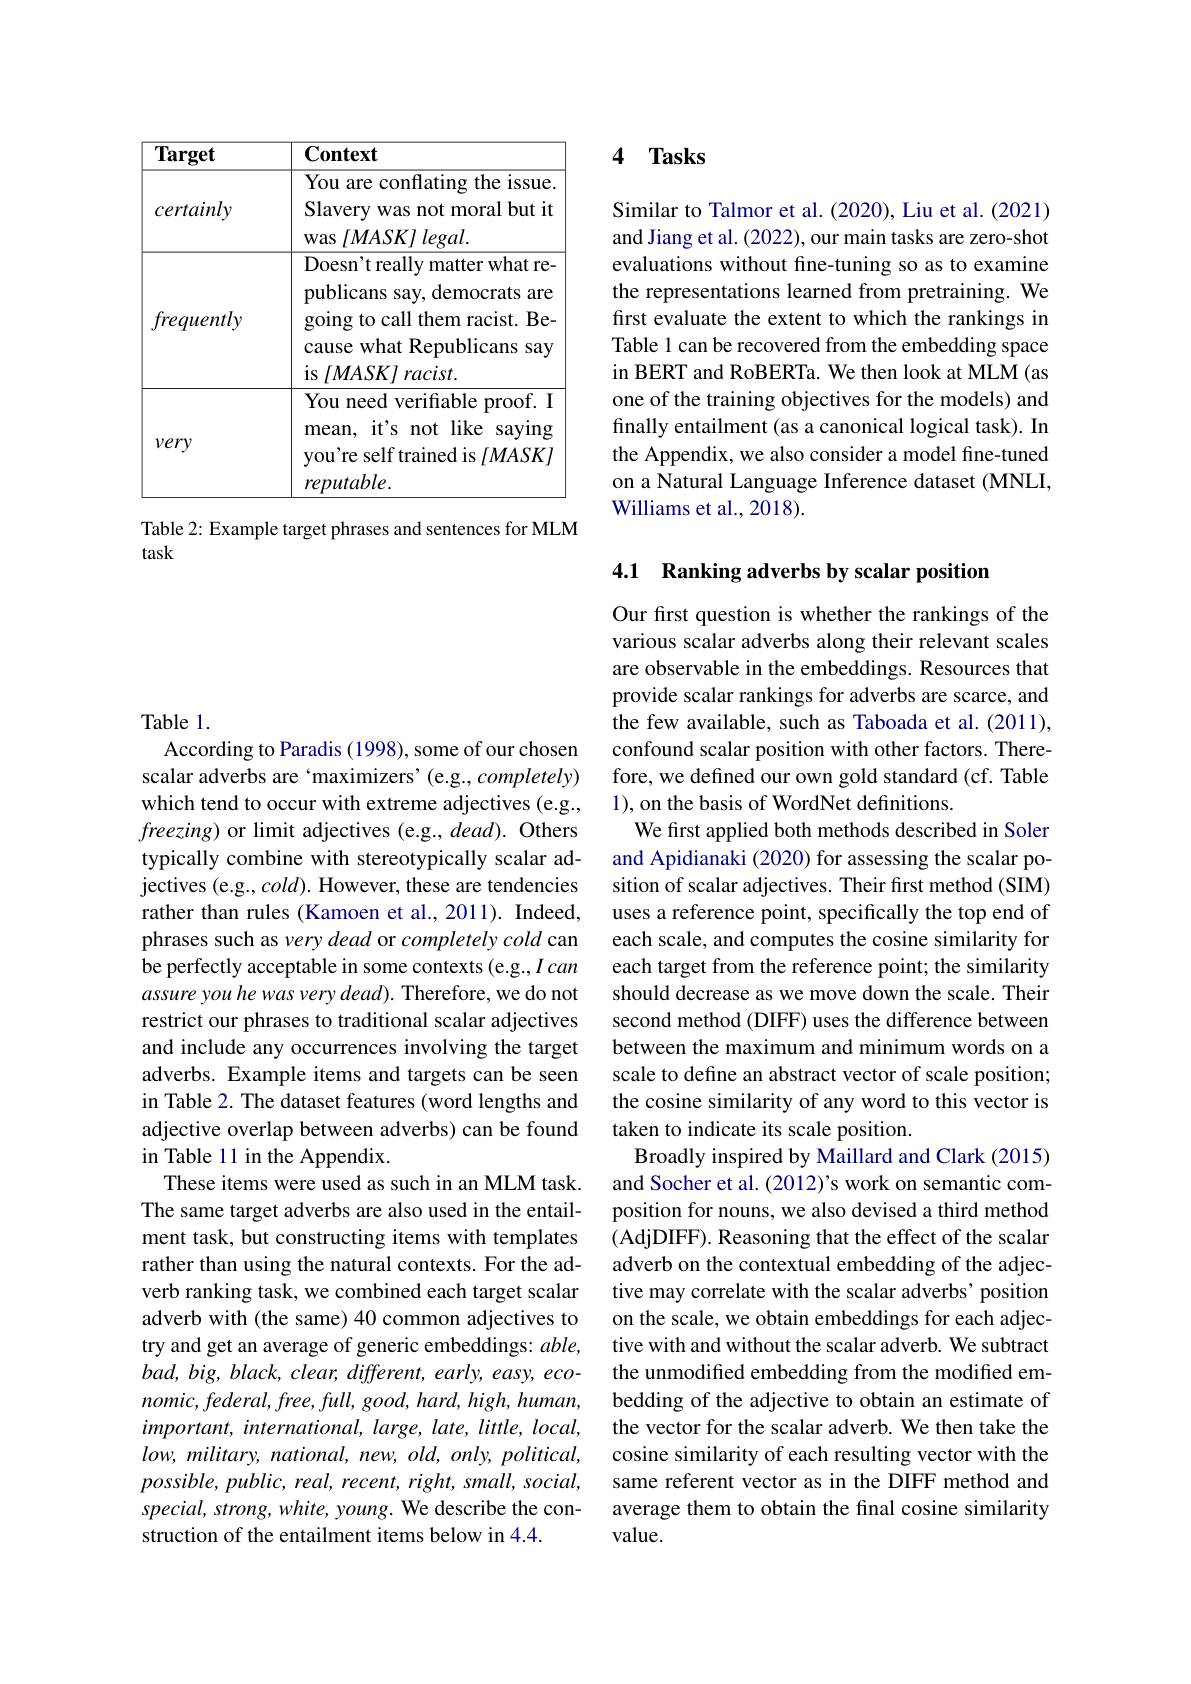
<table>
	<tbody>
		<tr>
			<th>$\textbf{Target}$</th>
			<th>$\mathbf{Context}$</th>
		</tr>
		<tr>
			<td>certainly</td>
			<td>You are conflating the issue Slavery was not moral but it was $lMASKJlegal.$</td>
		</tr>
		<tr>
			<td>frequently</td>
			<td>Doesn't really matter what re- publicans say, democrats are going to call them racist. Be- cause what Republicans say is$/ MASK/$ $lracist.$</td>
		</tr>
		<tr>
			<td>$\nu ery$</td>
			<td>You need verifiable proof. I mean, it's not like s saying you're self trained is $[MASK]$ $reputable.$</td>
		</tr>
	</tbody>
</table>

Table 2: Example target phrases and sentences for MLM
task

Table 1.
According to Paradis (1998), some of our chosen scalar adverbs are‘maximizers’(e.g., completely) which tend to occur with extreme adjectives (e.g., $freezing)$ or limit adjectives (e.g., dead). Others typically combine with stereotypically scalar adjectives (e.g., $cold).$ However, these are tendencies rather than rules (Kamoen et al., 2011). Indeed, phrases such as very dead or completely cold can be perfectly acceptable in some contexts (e.g., I can assure you he was very dead). Therefore, we do not restrict our phrases to traditional scalar adjectives and include any occurrences involving the target adverbs. Example items and targets can be seen in Table 2. The dataset features (word lengths and adjective overlap between adverbs) can be found in Table 11 in the Appendix.
These items were used as such in an MLM task. The same target adverbs are also used in the entailment task, but constructing items with templates rather than using the natural contexts. For the adverb ranking task, we combined each target scalar adverb with (the same) 40 common adjectives to try and get an average of generic embeddings: able, $bad,big,black,clear,different,early,easy,eco-$ $nomic,federal,free,full,good,hard,high,human$, $important,international,large,late,little,local$, $low,military,national,new,old,only,political$, $possible,public,real,recent,right,small,social$, special, strong, white, young. We describe the construction of the entailment items below in 4.4.

## 4 $\mathbf{Tasks}$

Similar to Talmor et al. (2020), Liu et al. (2021) and Jiang et al. (2022), our main tasks are zero-shot evaluations without fine-tuning so as to examine the representations learned from pretraining. We first evaluate the extent to which the rankings in Table 1 can be recovered from the embedding space in BERT and RoBERTa. We then look at MLM (as one of the training objectives for the models) and finally entailment (as a canonical logical task). In the Appendix, we also consider a model fine-tuned on a Natural Language Inference dataset (MNLI, Williams et al., 2018).

### 4.1 Ranking adverbs by scalar position

Our first question is whether the rankings of the various scalar adverbs along their relevant scales are observable in the embeddings. Resources that provide scalar rankings for adverbs are scarce, and the few available, such as Taboada et al. (2011), confound scalar position with other factors. Therefore, we defined our own gold standard (cf. Table 1), on the basis of WordNet definitions.
We first applied both methods described in Soler and Apidianaki (2020) for assessing the scalar position of scalar adjectives. Their first method (SIM) uses a reference point, specifically the top end of each scale, and computes the cosine similarity for each target from the reference point; the similarity should decrease as we move down the scale. Their second method (DIFF) uses the difference between between the maximum and minimum words on a scale to define an abstract vector of scale position; the cosine similarity of any word to this vector is taken to indicate its scale position.
Broadly inspired by Maillard and Clark (2015) and Socher et al. (2012)'s work on semantic composition for nouns, we also devised a third method (AdjDIFF). Reasoning that the effect of the scalar adverb on the contextual embedding of the adjective may correlate with the scalar adverbs' position on the scale, we obtain embeddings for each adjective with and without the scalar adverb. We subtract the unmodified embedding from the modified embedding of the adjective to obtain an estimate of the vector for the scalar adverb. We then take the cosine similarity of each resulting vector with the same referent vector as in the DIFF method and average them to obtain the final cosine similarity value.